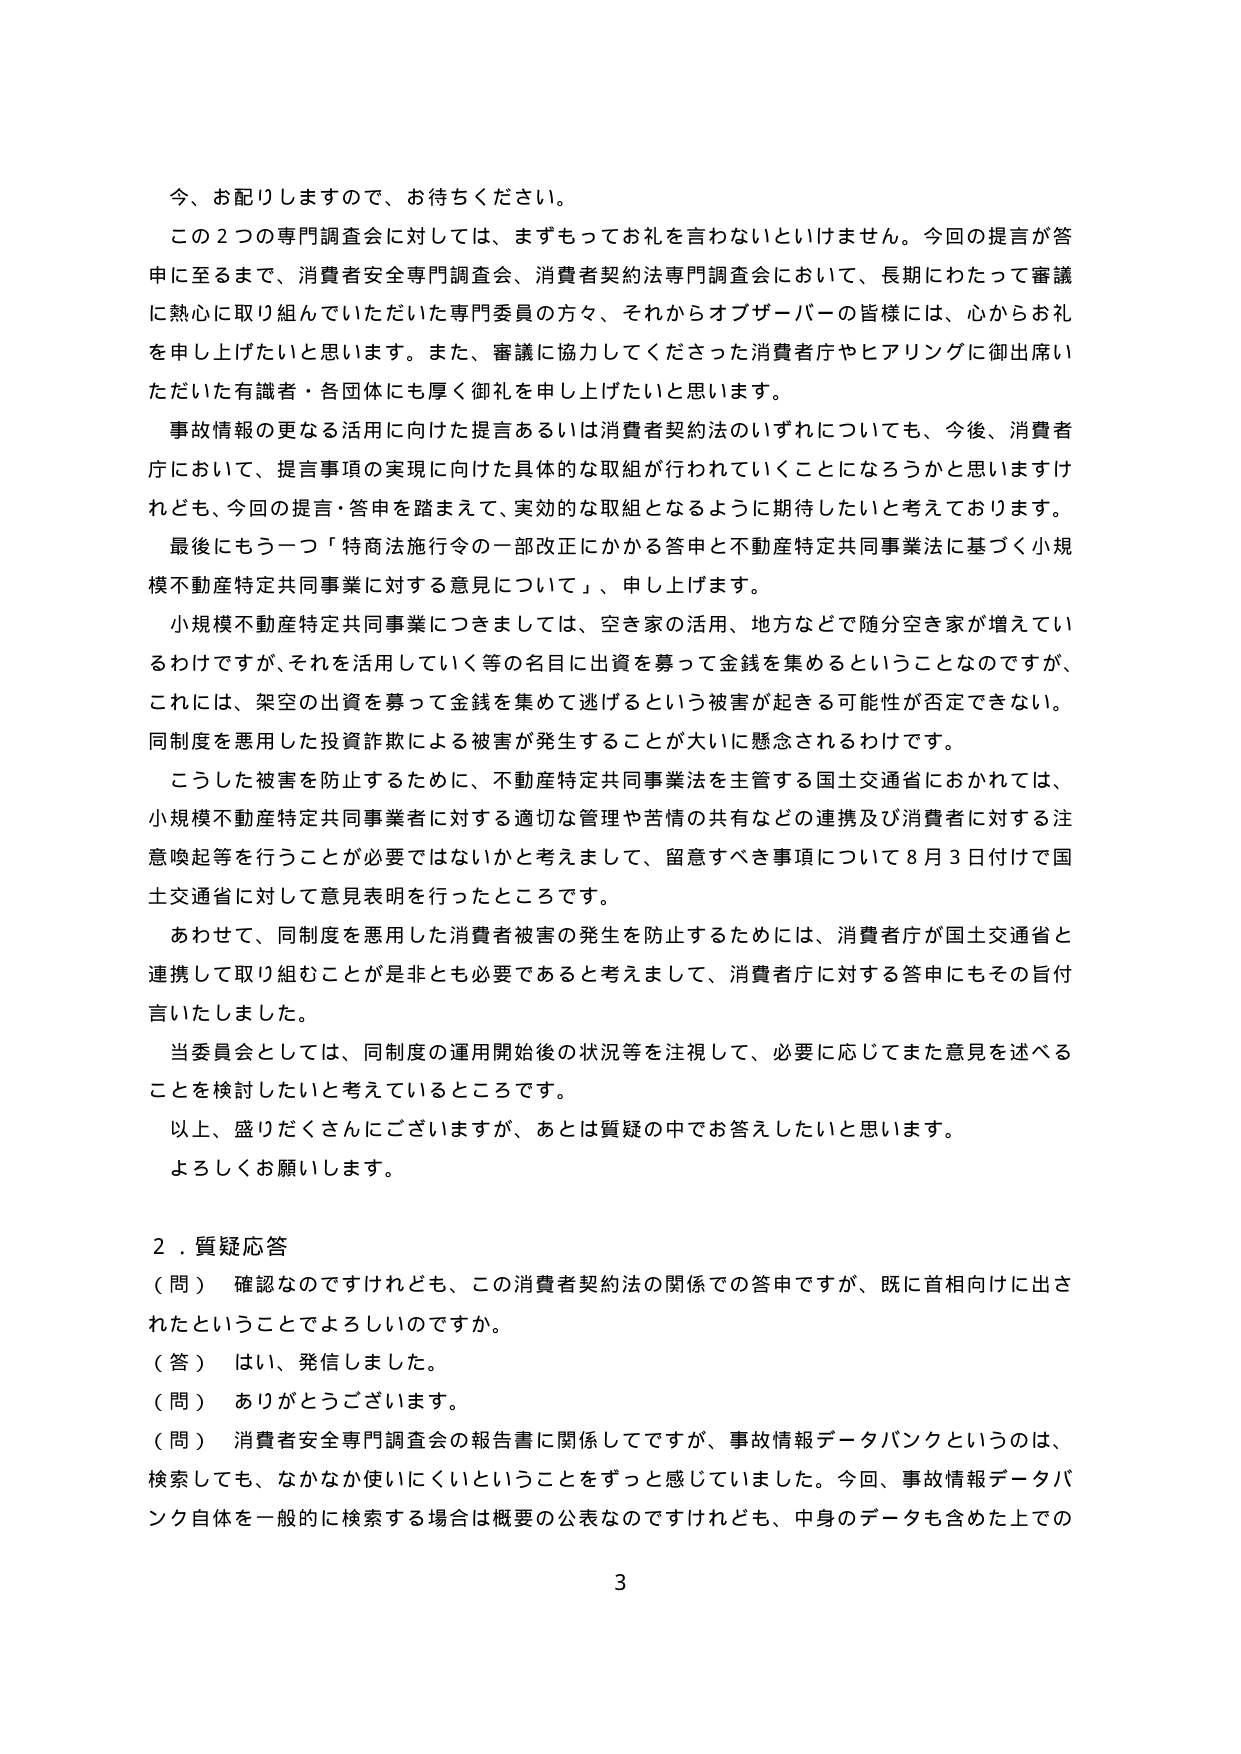
今、お配りしますので、お待ちください。

この２つの専門調査会に対しては、まずもってお礼を言わないといけません。今回の提言が答申に至るまで、消費者安全専門調査会、消費者契約法専門調査会において、長期にわたって審議に熱心に取り組んでいただいた専門委員の方々、それからオブザーバーの皆様には、心からお礼を申し上げたいと思います。また、審議に協力してくださった消費者庁やヒアリングに御出席いただいた有識者・各団体にも厚く御礼を申し上げたいと思います。

事故情報の更なる活用に向けた提言あるいは消費者契約法のいずれについても、今後、消費者庁において、提言事項の実現に向けた具体的な取組が行われていくことになるうかと思いますけれども、今回の提言・答申を踏まえて、実効的な取組となるように期待したいと考えております。

最後にもう一つ「特商法施行令の一部改正にかかる答申と不動産特定共同事業法に基づく小規模不動産特定共同事業に対する意見について」、申し上げます。

小規模不動産特定共同事業につきましては、空き家の活用、地方などで随分空き家が増えてい るわけですが、それを活用していく等の名目に出資を募って金銭を集めるということなのですが、これには、架空の出資を募って金銭を集めて逃げるという被害が起きる可能性が否定できない。同制度を悪用した投資詐欺による被害が発生することが大いに懸念されるわけです。

こうした被害を防止するために、不動産特定共同事業法を主管する国土交通省におかれては、小規模不動産特定共同事業者に対する適切な管理や苦情の共有などの連携及び消費者に対する注意喚起等を行うことが必要ではないかと考えまして、留意すべき事項について８月３日付けで国土交通省に対して意見表明を行ったところです。

あわせて、同制度を悪用した消費者被害の発生を防止するためには、消費者庁が国土交通省と連携して取り組むことが是非とも必要であると考えまして、消費者庁に対する答申にもその旨付言いたしました。

当委員会としては、同制度の運用開始後の状況等を注視して、必要に応じてまた意見を述べることを検討したいと考えているところです。

以上、盛りだくさんにございますが、あとは質疑の中でお答えしたいと思います。

よろしくお願いします。

２．質疑応答

（問） 確認なのですがけれども、この消費者契約法の関係での答申ですが、既に首相向けに出されたということでよろしいのですか。

（答） はい、発信しました。

（問） ありがとうございます。

（問） 消費者安全専門調査会の報告書に関係してですが、事故情報データバンクというのは、検索しても、なかなか使いにくいということをずっと感じていました。今回、事故情報データバンク自体を一般的に検索する場合は概要の公表なのですがけれども、中身のデータも含めた上での

3